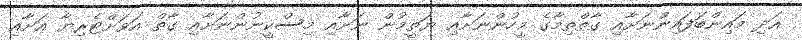
އަދި މައިންބަފައިންނަށާއި ގާތްތިމާގެ މީހުންނަށާއި ޔަތީމުން ނަށާއި މިސްކީނުންނަށާއި ގާތް އަވަށްޓެރިޔާ އަށާއި